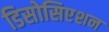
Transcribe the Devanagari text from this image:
डिसोसिएशन